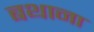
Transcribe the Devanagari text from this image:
बथाना